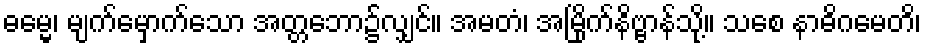
ဓမ္မေ၊ မျက်မှောက်သော အတ္တဘော၌လျှင်။ အမတံ၊ အမြိုက်နိဗ္ဗာန်သို့။ သစေ နာဓိဂမေတိ၊